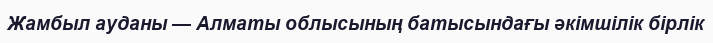
Жамбыл ауданы — Алматы облысының батысындағы әкімшілік бірлік